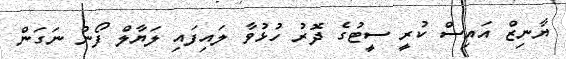
ޔާނިޒް އައިސް ކުރީ ސީޓުގެ ދޮރު ހުޅުވާ ލައިފައި ލަޔާލް ފޯނު ނަގަން